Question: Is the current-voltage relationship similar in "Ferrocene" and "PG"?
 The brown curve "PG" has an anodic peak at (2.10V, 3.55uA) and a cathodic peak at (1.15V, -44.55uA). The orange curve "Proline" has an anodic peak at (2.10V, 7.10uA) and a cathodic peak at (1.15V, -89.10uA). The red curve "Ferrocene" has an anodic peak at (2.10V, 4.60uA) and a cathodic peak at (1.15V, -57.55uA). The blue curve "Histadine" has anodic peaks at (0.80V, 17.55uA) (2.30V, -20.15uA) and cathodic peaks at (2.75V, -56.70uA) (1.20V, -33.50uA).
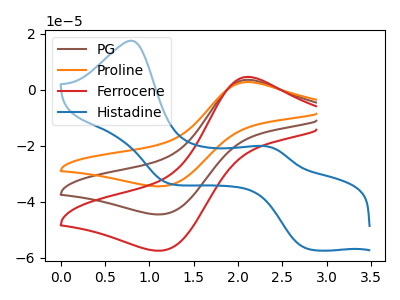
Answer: <think>All the peaks in "Ferrocene" have a peak in "PG" at the same potential. Every peak in "Ferrocene" is higher than every peak in "PG".
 </think>
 <answer>"Ferrocene" and "PG" are similar in shape.</answer>
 <eval>same_shape</eval>